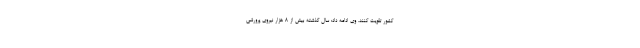
کشور تقویت کنند. وی ادامه داد: سال گذشته بیش از 8 هزار نیروی پرورشی